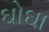
ઘોઘા